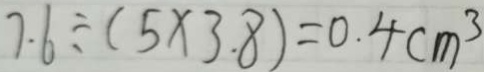
7 . 6 \div ( 5 \times 3 . 8 ) = 0 . 4 c m ^ { 3 }